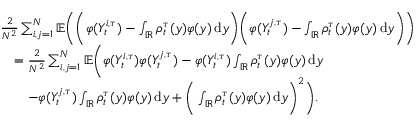
\begin{array} { r l } & { \frac { 2 } { N ^ { 2 } } \sum _ { i , j = 1 } ^ { N } \mathbb { E } \bigg ( \bigg ( \varphi ( Y _ { t } ^ { i , \tau } ) - \int _ { \mathbb { R } } \rho _ { t } ^ { \tau } ( y ) \varphi ( y ) \, \mathrm { d } y \bigg ) \bigg ( \varphi ( Y _ { t } ^ { j , \tau } ) - \int _ { \mathbb { R } } \rho _ { t } ^ { \tau } ( y ) \varphi ( y ) \, \mathrm { d } y \bigg ) \bigg ) } \\ & { \quad = \frac { 2 } { N ^ { 2 } } \sum _ { i , j = 1 } ^ { N } \mathbb { E } \bigg ( \varphi ( Y _ { t } ^ { i , \tau } ) \varphi ( Y _ { t } ^ { j , \tau } ) - \varphi ( Y _ { t } ^ { i , \tau } ) \int _ { \mathbb { R } } \rho _ { t } ^ { \tau } ( y ) \varphi ( y ) \, \mathrm { d } y } \\ & { \quad \quad - \varphi ( Y _ { t } ^ { j , \tau } ) \int _ { \mathbb { R } } \rho _ { t } ^ { \tau } ( y ) \varphi ( y ) \, \mathrm { d } y + \bigg ( \int _ { \mathbb { R } } \rho _ { t } ^ { \tau } ( y ) \varphi ( y ) \, \mathrm { d } y \bigg ) ^ { 2 } \bigg ) . } \end{array}